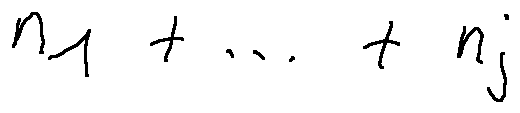
n _ { 1 } + \ldots + n _ { j }